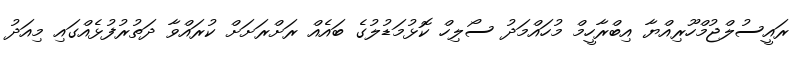
ރައީސުލްޖުމްހޫރިއްޔާ އިބްރާހީމް މުހައްމަދު ސޯލިހް ކޮޅުމަޑުލުގެ ބައެއް ރަށްރަށަށް ކުރައްވާ ދަތުރުފުޅެއްގައި މިއަދު